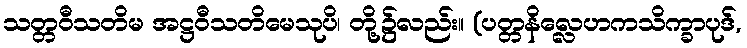
သတ္တဝီသတိမ အဋ္ဌဝီသတိမေသုပိ၊ တို့၌လည်း။ (ပတ္တနိလ္လေဟကသိက္ခာပုဒ်,